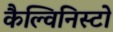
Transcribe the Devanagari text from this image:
कैल्विनिस्टो